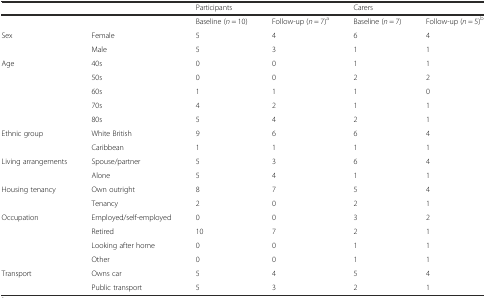
<table><thead><tr><td colspan="2"></td><td colspan="2"><b>Participants</b></td><td colspan="2"><b>Carers</b></td></tr></thead><tbody><tr><td colspan="2"></td><td>Baseline (<i>n</i> = 10)</td><td>Follow-up (<i>n</i> = 7)<sup>a</sup></td><td>Baseline (<i>n</i> = 7)</td><td>Follow-up (<i>n</i> = 5)<sup>b</sup></td></tr><tr><td rowspan="2">Sex</td><td>Female</td><td>5</td><td>4</td><td>6</td><td>4</td></tr><tr><td>Male</td><td>5</td><td>3</td><td>1</td><td>1</td></tr><tr><td rowspan="5">Age</td><td>40s</td><td>0</td><td>0</td><td>1</td><td>1</td></tr><tr><td>50s</td><td>0</td><td>0</td><td>2</td><td>2</td></tr><tr><td>60s</td><td>1</td><td>1</td><td>1</td><td>0</td></tr><tr><td>70s</td><td>4</td><td>2</td><td>1</td><td>1</td></tr><tr><td>80s</td><td>5</td><td>4</td><td>2</td><td>1</td></tr><tr><td rowspan="2">Ethnic group</td><td>White British</td><td>9</td><td>6</td><td>6</td><td>4</td></tr><tr><td>Caribbean</td><td>1</td><td>1</td><td>1</td><td>1</td></tr><tr><td rowspan="2">Living arrangements</td><td>Spouse/partner</td><td>5</td><td>3</td><td>6</td><td>4</td></tr><tr><td>Alone</td><td>5</td><td>4</td><td>1</td><td>1</td></tr><tr><td rowspan="2">Housing tenancy</td><td>Own outright</td><td>8</td><td>7</td><td>5</td><td>4</td></tr><tr><td>Tenancy</td><td>2</td><td>0</td><td>2</td><td>1</td></tr><tr><td>Occupation</td><td>Employed/self-employed</td><td>0</td><td>0</td><td>3</td><td>2</td></tr><tr><td rowspan="3"></td><td>Retired</td><td>10</td><td>7</td><td>2</td><td>1</td></tr><tr><td>Looking after home</td><td>0</td><td>0</td><td>1</td><td>1</td></tr><tr><td>Other</td><td>0</td><td>0</td><td>1</td><td>1</td></tr><tr><td rowspan="2">Transport</td><td>Owns car</td><td>5</td><td>4</td><td>5</td><td>4</td></tr><tr><td>Public transport</td><td>5</td><td>3</td><td>2</td><td>1</td></tr></tbody></table>